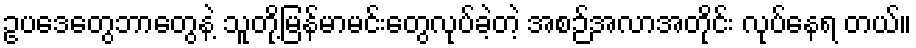
ဥပဒေတွေဘာတွေနဲ့ သူတို့မြန်မာမင်းတွေလုပ်ခဲ့တဲ့ အစဉ်အလာအတိုင်း လုပ်နေရ တယ်။